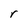
Character: r